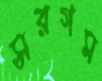
সরগম